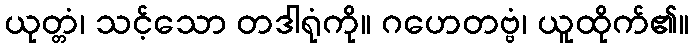
ယုတ္တံ၊ သင့်သော တဒါရုံကို။ ဂဟေတဗ္ဗံ၊ ယူထိုက်၏။